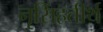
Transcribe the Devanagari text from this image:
नृसिंहतीर्थ